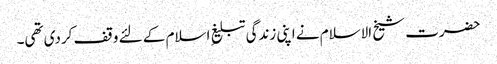
حضرت شیخ الاسلام نے اپنی زندگی تبلیغِ اسلام کے لئے وقف کردی تھی۔